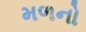
મળનો